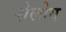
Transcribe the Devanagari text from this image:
शेलोय